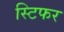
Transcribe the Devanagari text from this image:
स्टिफर